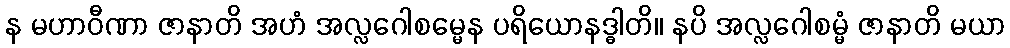
န မဟာဝီဏာ ဇာနာတိ အဟံ အလ္လဂေါစမ္မေန ပရိယောနဒ္ဓါတိ။ နပိ အလ္လဂေါစမ္မံ ဇာနာတိ မယာ